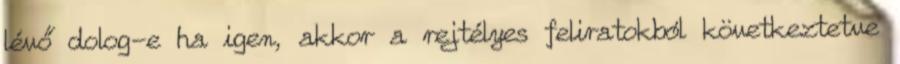
lévő dolog-e ha igen, akkor a rejtélyes feliratokból következtetve